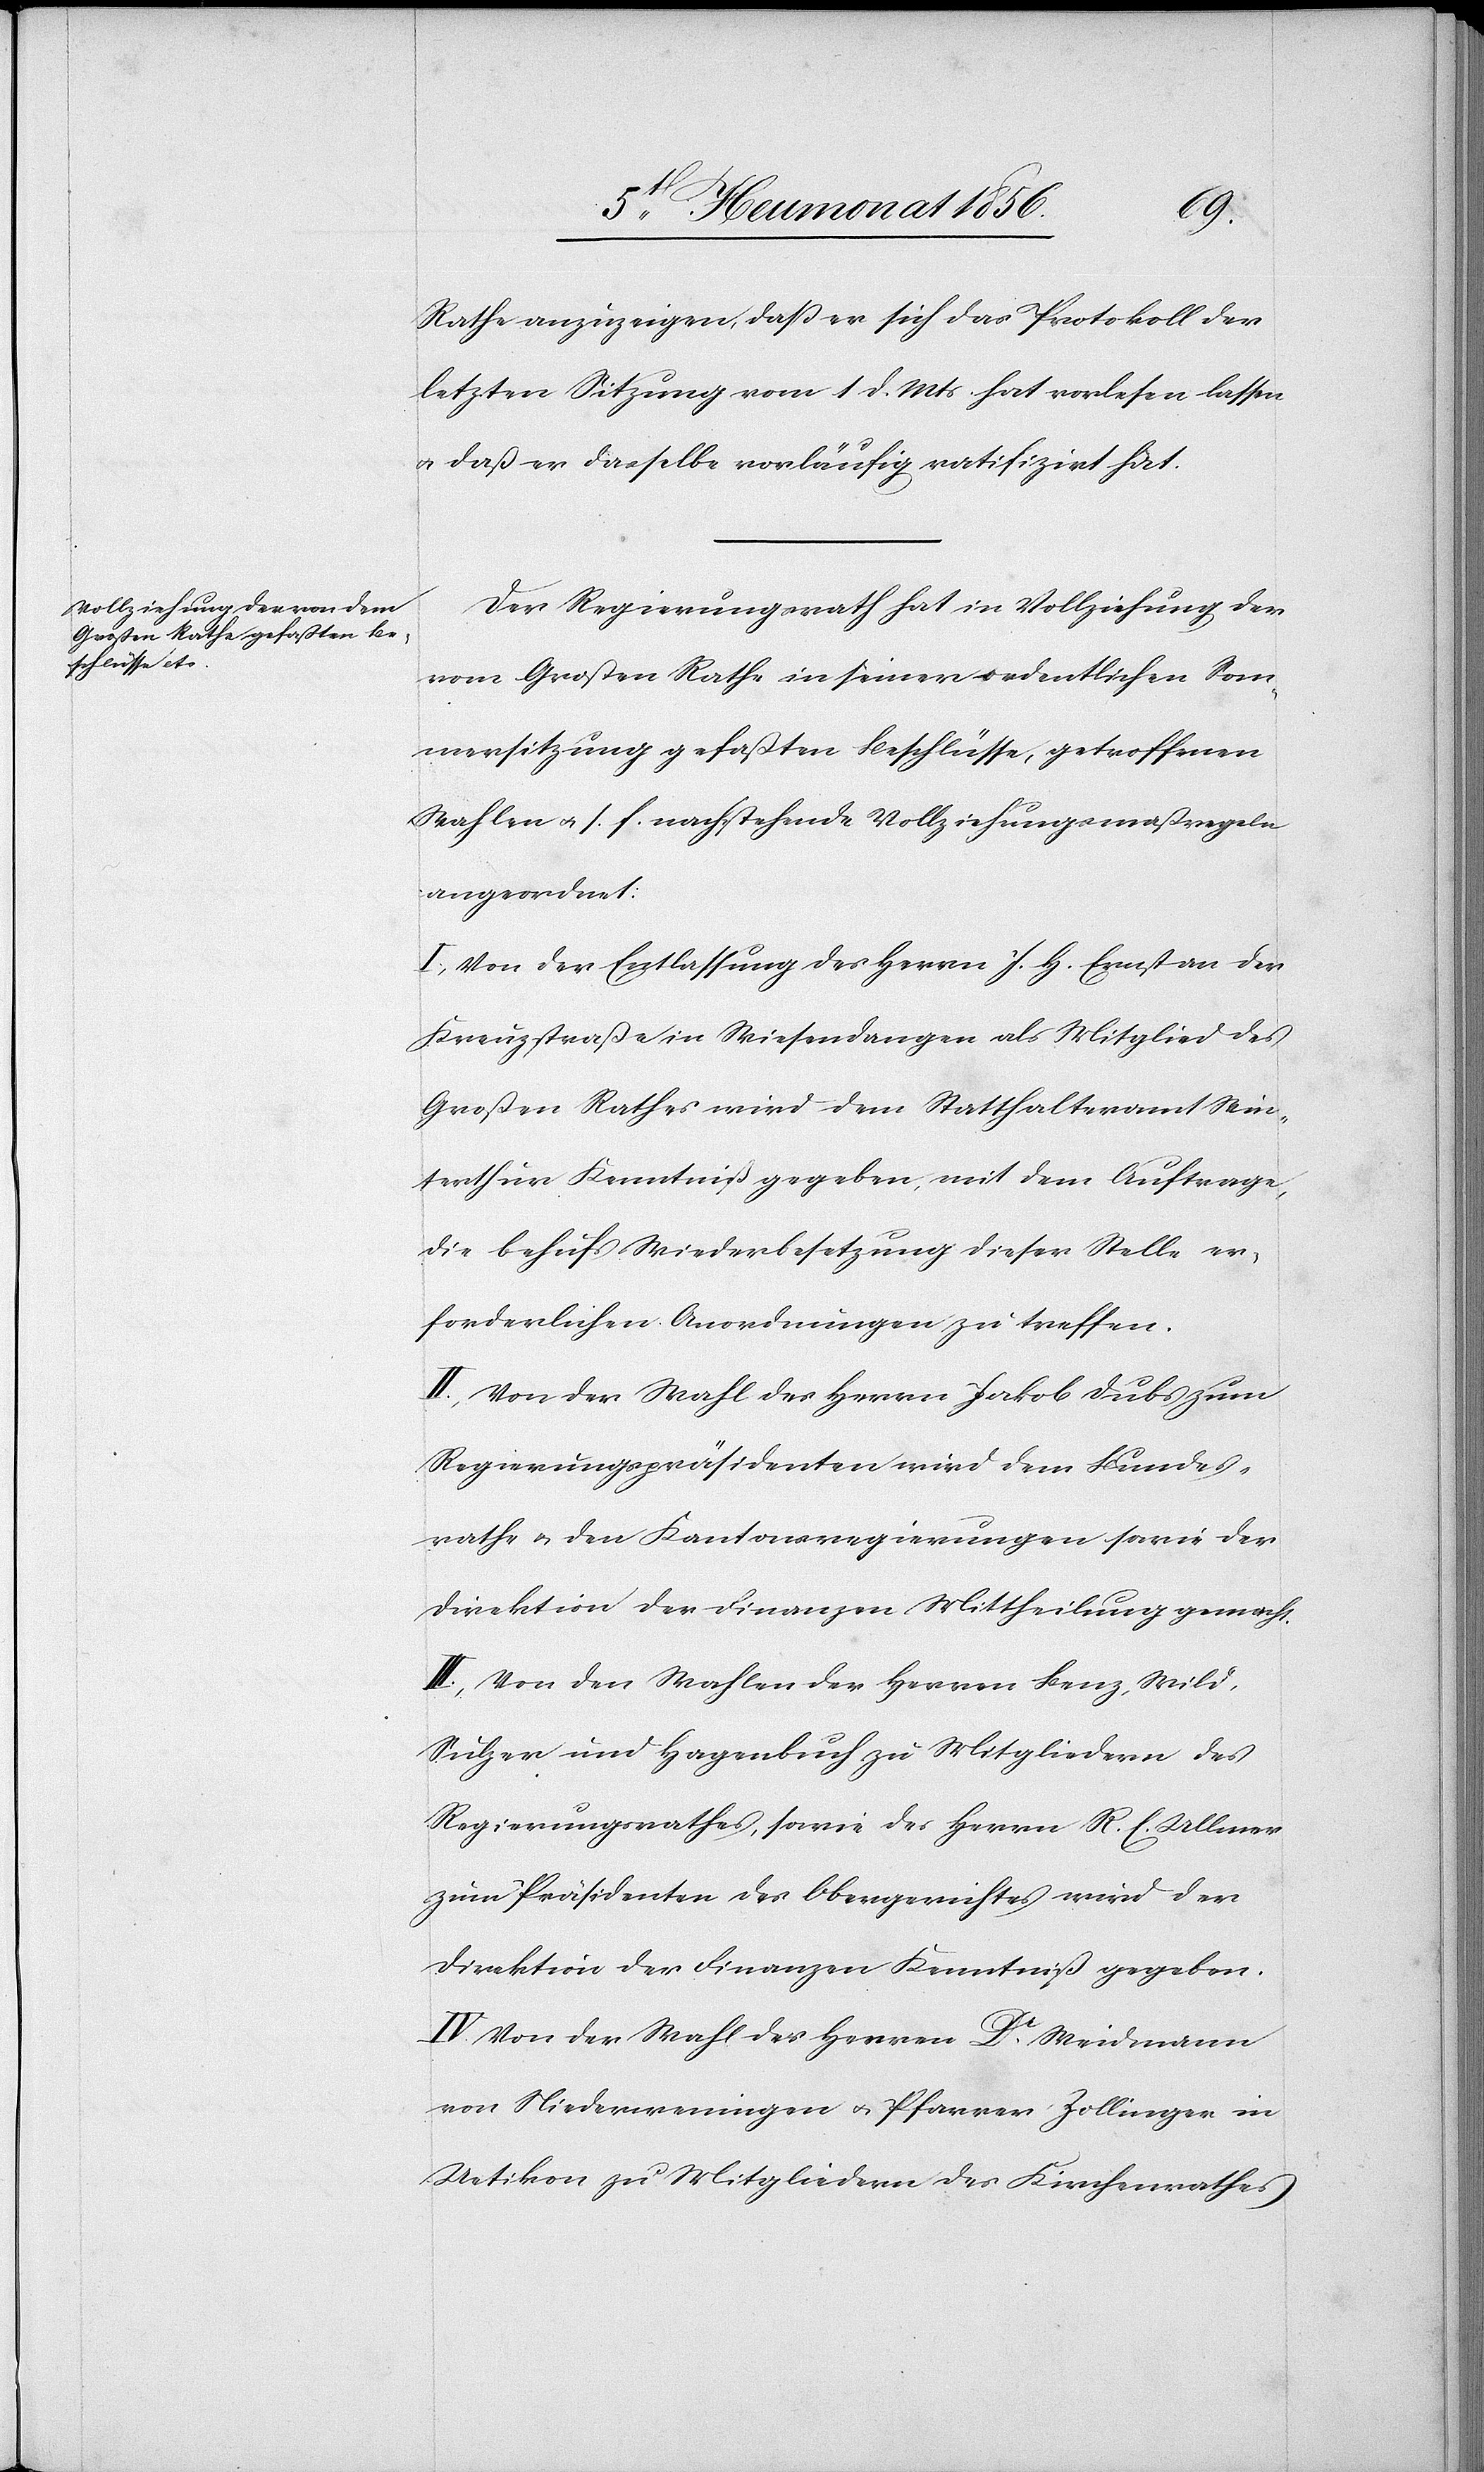
Rathe anzuzeigen, dass er sich das Protokoll der
letzten Sitzung vom 1 d. Mts hat verlesen lassen
u. daß er dasselbe vorläufig ratifizirt hat.
Der Regierungsrath hat in Vollziehung der
vom Großen Rathe in seiner ordentlichen Som¬
mersitzung gefaßten Beschlüsse, getroffenen
Wahlen u. s. f. nachstehende Vollziehungsmaßregeln
angeordnet:
I.) Von der Entlassung des Herrn J. H. Ernst an der
Kreuzstraß in Wiesendangen als Mitglied des
Großen Rathes wird dem Statthalteramt Win¬
terthur Kenntniß gegeben, mit dem Auftrage,
die behufs Wiederbesetzung dieser Stelle er¬
forderlichen Anordnungen zu treffen.
II.) Von der Wahl des Herrn Jakob Dubs zum
Regierungspräsidenten wird dem Bundes¬
rathe u. den Kantonsregierungen sowie der
Direktion der Finanzen Mittheilung gemacht.
III.) Von den Wahlen der Herren Benz, Wild,
Sulzer und Hagenbuch zu Mitgliedern des
Regierungsrathes, sowie des Herrn R. E. Ullmer
zum Präsidenten des Obergerichtes wird der
Direktion der Finanzen Kenntniß gegeben.
IV.) Von der Wahl des Herren Dr Weidmann
von Niederweningen u. Pfarrer Zollinger in
Uetikon zu Mitgliedern des Kirchenrathes